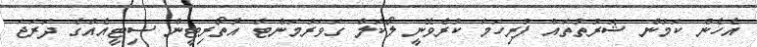
އެހެން ކަމުން ޝަރުތުތައް ފުރިހަމަ ކުރެވޭނީ ލޯކަލް ގަވަރުމަންޓް އޮތޯރިޓީން ސިޓީއެއްގެ ދަރަޖަ